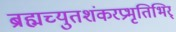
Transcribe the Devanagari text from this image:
ब्रह्मच्युतशंकरप्रभृतिभिर्‌